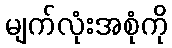
မျက်လုံးအစုံကို